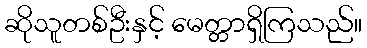
ဆိုသူတစ်ဦးနှင့် မေတ္တာရှိကြသည်။